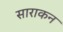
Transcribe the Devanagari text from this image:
साराकन